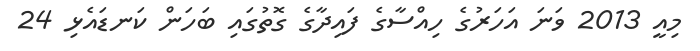
މިއީ 2013 ވަނަ އަހަރުގެ ހިއްސާގެ ފައިދާގެ ގޮތުގައި ބަހަން ކަނޑައެޅި 24